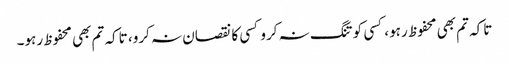
تاکہ تم بھی محفوظ رہو، کسی کو تنگ نہ کرو کسی کا نقصان نہ کرو، تاکہ تم بھی محفوظ رہو۔